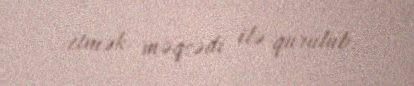
etmək məqsədi ilə qurulub.